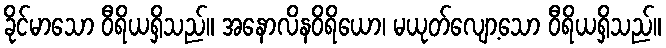
ခိုင်မာသော ဝီရိယရှိသည်။ အနောလိနဝိရိယော၊ မယုတ်လျော့သော ဝီရိယရှိသည်။